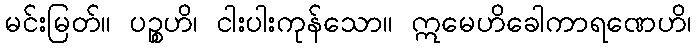
မင်းမြတ်။ ပဉ္စဟိ၊ ငါးပါးကုန်သော။ ဣမေဟိခေါကာရဏေဟိ၊